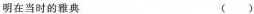
明在当时的雅典 ( )